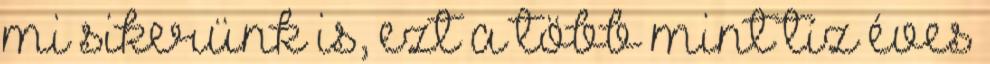
mi sikerünk is, ezt a több mint tíz éves